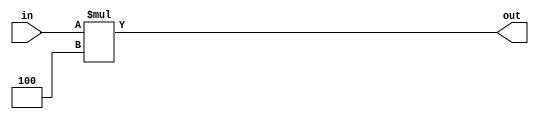
module multiply4(input [31:0] in, output [31:0] out);
	assign out = in * 4;	
endmodule